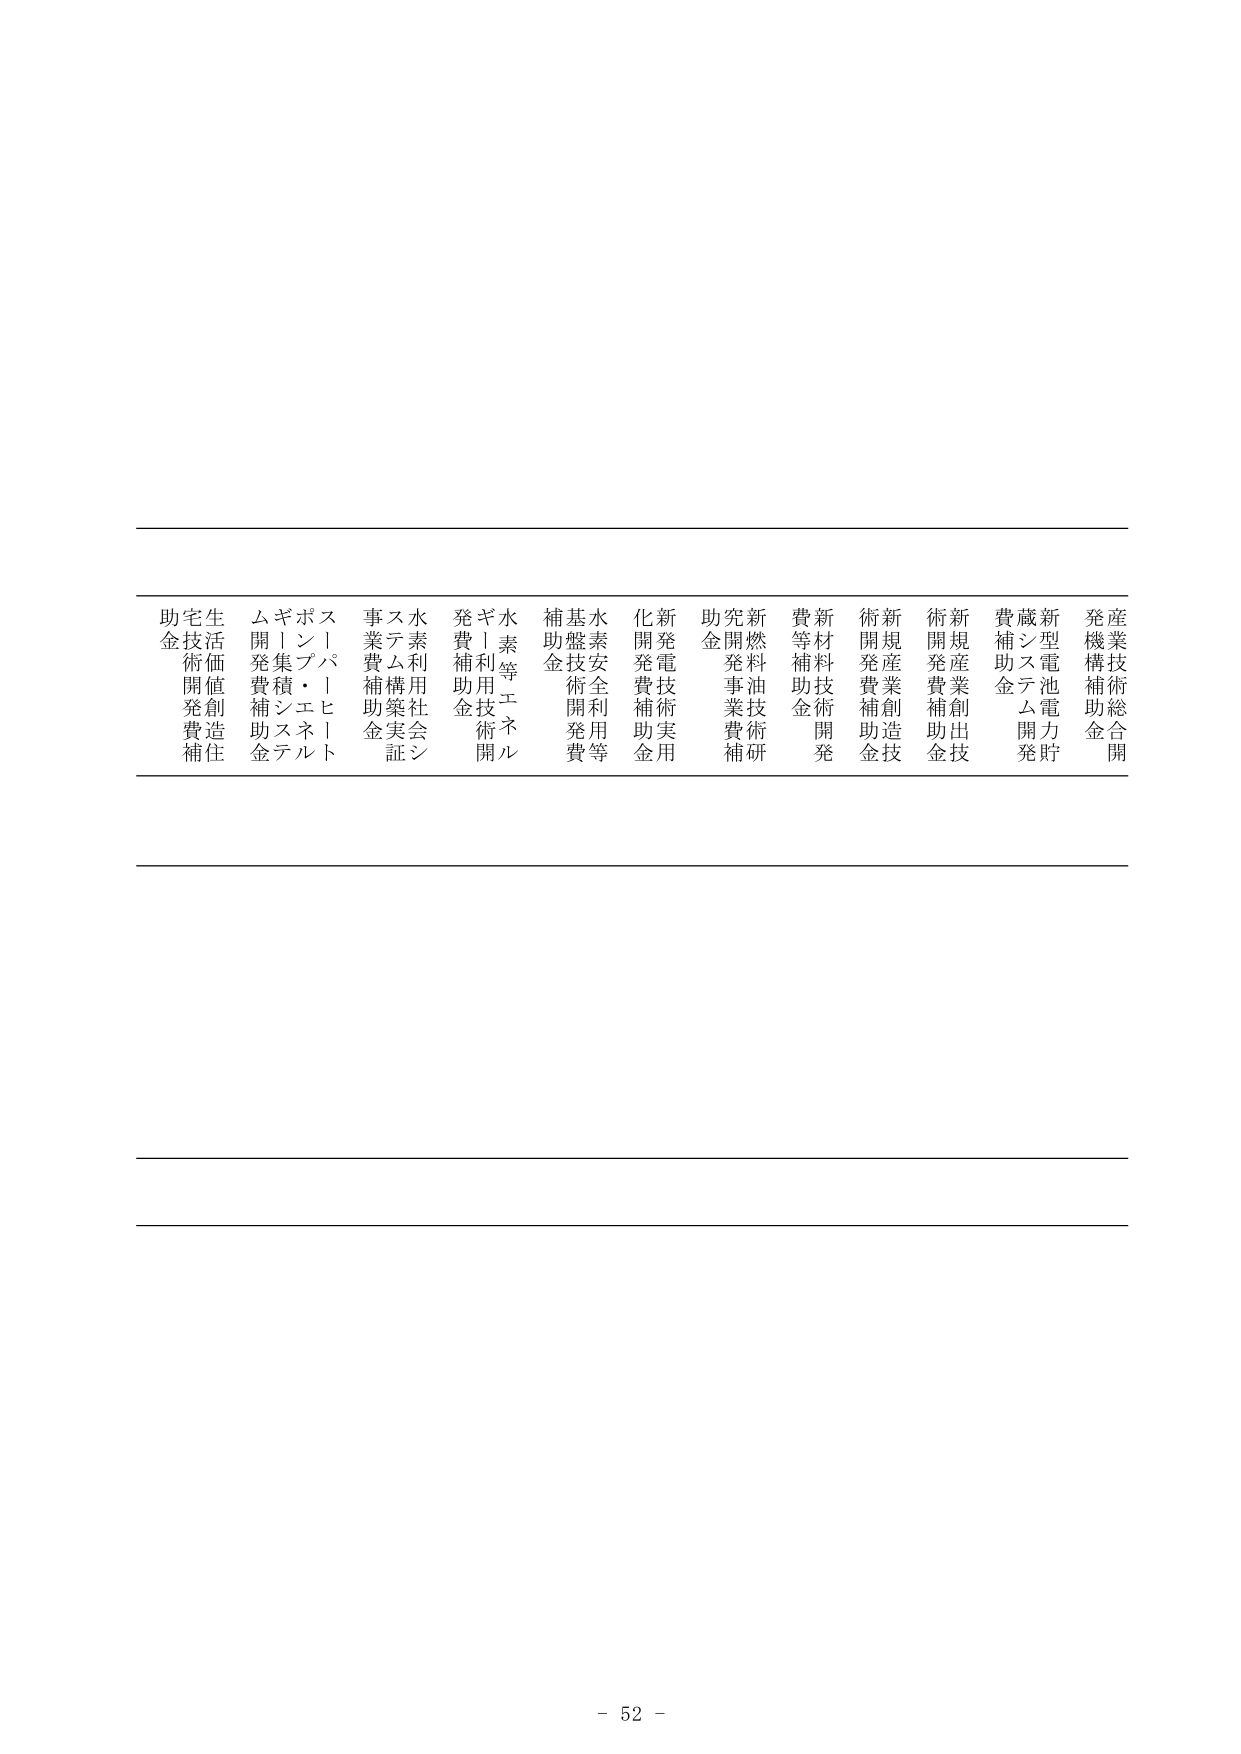
助金
技術開発
補助
住宅技術開発補助
生活価値創造
ム開発費補助金
ギ丨集積システム
ポン・エネルギー
ス丨バ丨ヒ丨ト
事業費補助金
ステム構築実証
水素利用社会シ
発費補助金
ギ丨利用技術開
水素等エネルギー
補助金
基盤技術開発費
水素安全利用等
化開発費補助金
新発電技術実用
助金
研究開発事業費補
新燃料油技術研
費等補助金
新材料技術開発
術開発費補助金
新規産業創造技
術開発費補助金
新規産業創出技
費補助金
蔵システム開発
新型電池電力貯
発機構補助金
産業技術総合開

- 52 -